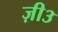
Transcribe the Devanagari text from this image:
ज़ी३